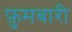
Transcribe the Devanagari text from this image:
फ़ुमबारी